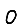
Digit: 0